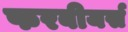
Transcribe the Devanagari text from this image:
फरबीयर्स